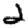
Digit: 2